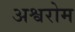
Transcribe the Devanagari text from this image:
अश्वरोम